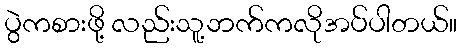
ပွဲကစားဖို့ လည်းသူ့ဘက်ကလိုအပ်ပါတယ်။